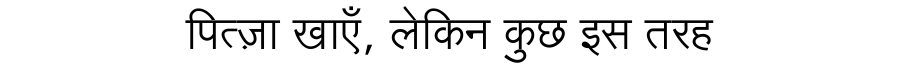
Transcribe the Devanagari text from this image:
पित्ज़ा खाएँ, लेकिन कुछ इस तरह